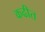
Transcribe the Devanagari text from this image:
कढीत